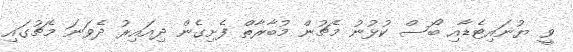
ވީ ޔުނައިޓެޑާއި ބޯސް ކުޅުނު މެޗުން މުބާރާތް ފެށިގެން ދިއައިރު ދެވަނަ މެޗުގައި